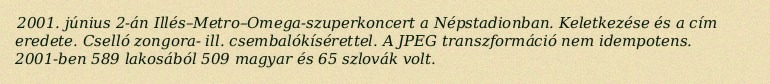
2001. június 2-án Illés–Metro–Omega-szuperkoncert a Népstadionban. Keletkezése és a cím eredete. Cselló zongora- ill. csembalókísérettel. A JPEG transzformáció nem idempotens. 2001-ben 589 lakosából 509 magyar és 65 szlovák volt.